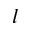
l